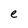
Character: e